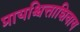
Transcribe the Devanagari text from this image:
प्रायश्चित्ताशिवाय